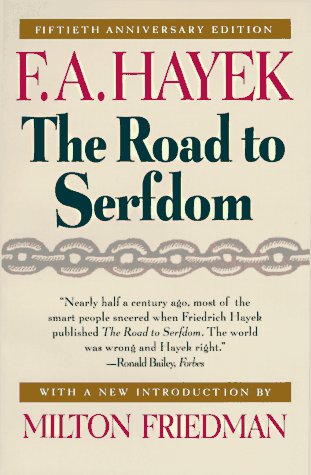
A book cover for The Road to Serfdom: Fiftieth Anniversary Edition; F. A. Hayek; Business & Money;